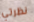
نظرتي